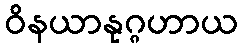
ဝိနယာနုဂ္ဂဟာယ